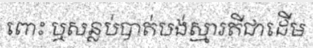
ពោះ ឬសន្លប់បាត់បង់ស្មារតីជាដើម